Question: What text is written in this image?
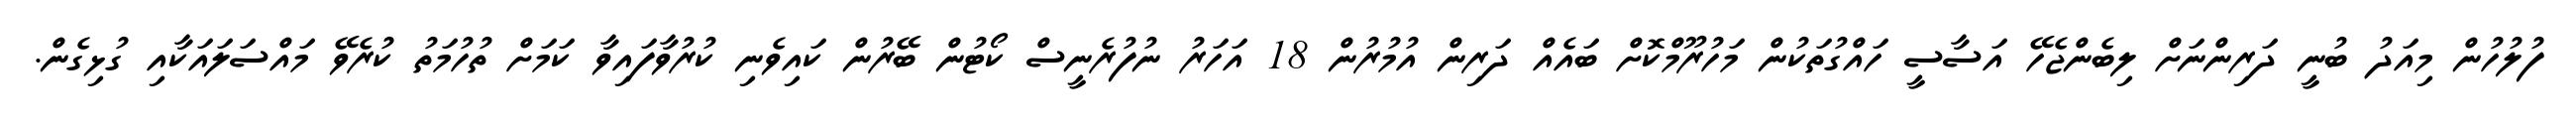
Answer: ފުލުހުން މިއަދު ބުނީ ދަރިންނަށް ލިބެންޖެހޭ އަސާސީ ހައްގުތަކުން މަހުރޫމްކޮށް ބައެއް ދަރިން އުމުރުން 18 އަހަރު ނުފުރެނީސް ކޯޓުން ބޭރުން ކައިވެނި ކުރުވާފައިވާ ކަމަށް ތުހުމަތު ކުރެވޭ މައްސަލައަކާއި ގުޅިގެން.